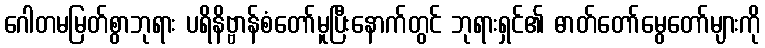
ဂေါတမမြတ်စွာဘုရား ပရိနိဗ္ဗာန်စံတော်မူပြီးနောက်တွင် ဘုရားရှင်၏ ဓာတ်တော်မွေတော်များကို